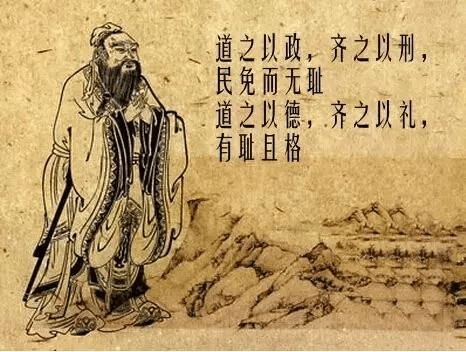
道之以政，齐之以刑，民免而无耻。道之以德，齐之以礼，有耻且格。